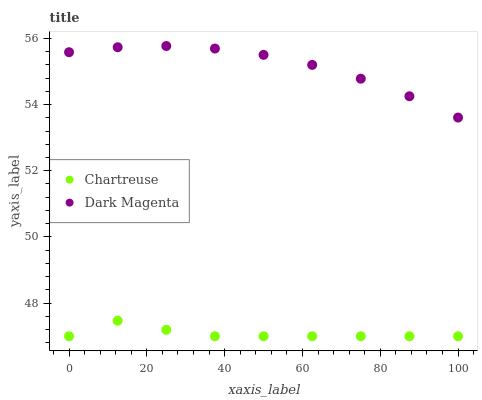
| xaxis_label | Chartreuse | Dark Magenta |
 | --- | --- | --- |
 | 0 | 47 | 55.6 |
 | 12.5 | 47.5 | 55.7 |
 | 25 | 47.2 | 55.8 |
 | 37.5 | 47 | 55.7 |
 | 50 | 47 | 55.5 |
 | 62.5 | 47 | 55.2 |
 | 75 | 47 | 54.8 |
 | 87.5 | 47 | 54.2 |
 | 100 | 47 | 53.6 |